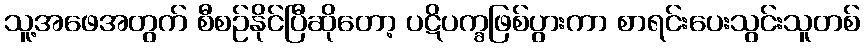
သူ့အဖေအတွက် စီစဉ်နိုင်ပြီဆိုတော့ ပဋိပက္ခဖြစ်ပွားကာ စာရင်းပေးသွင်းသူတစ်